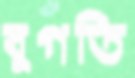
বুগতি